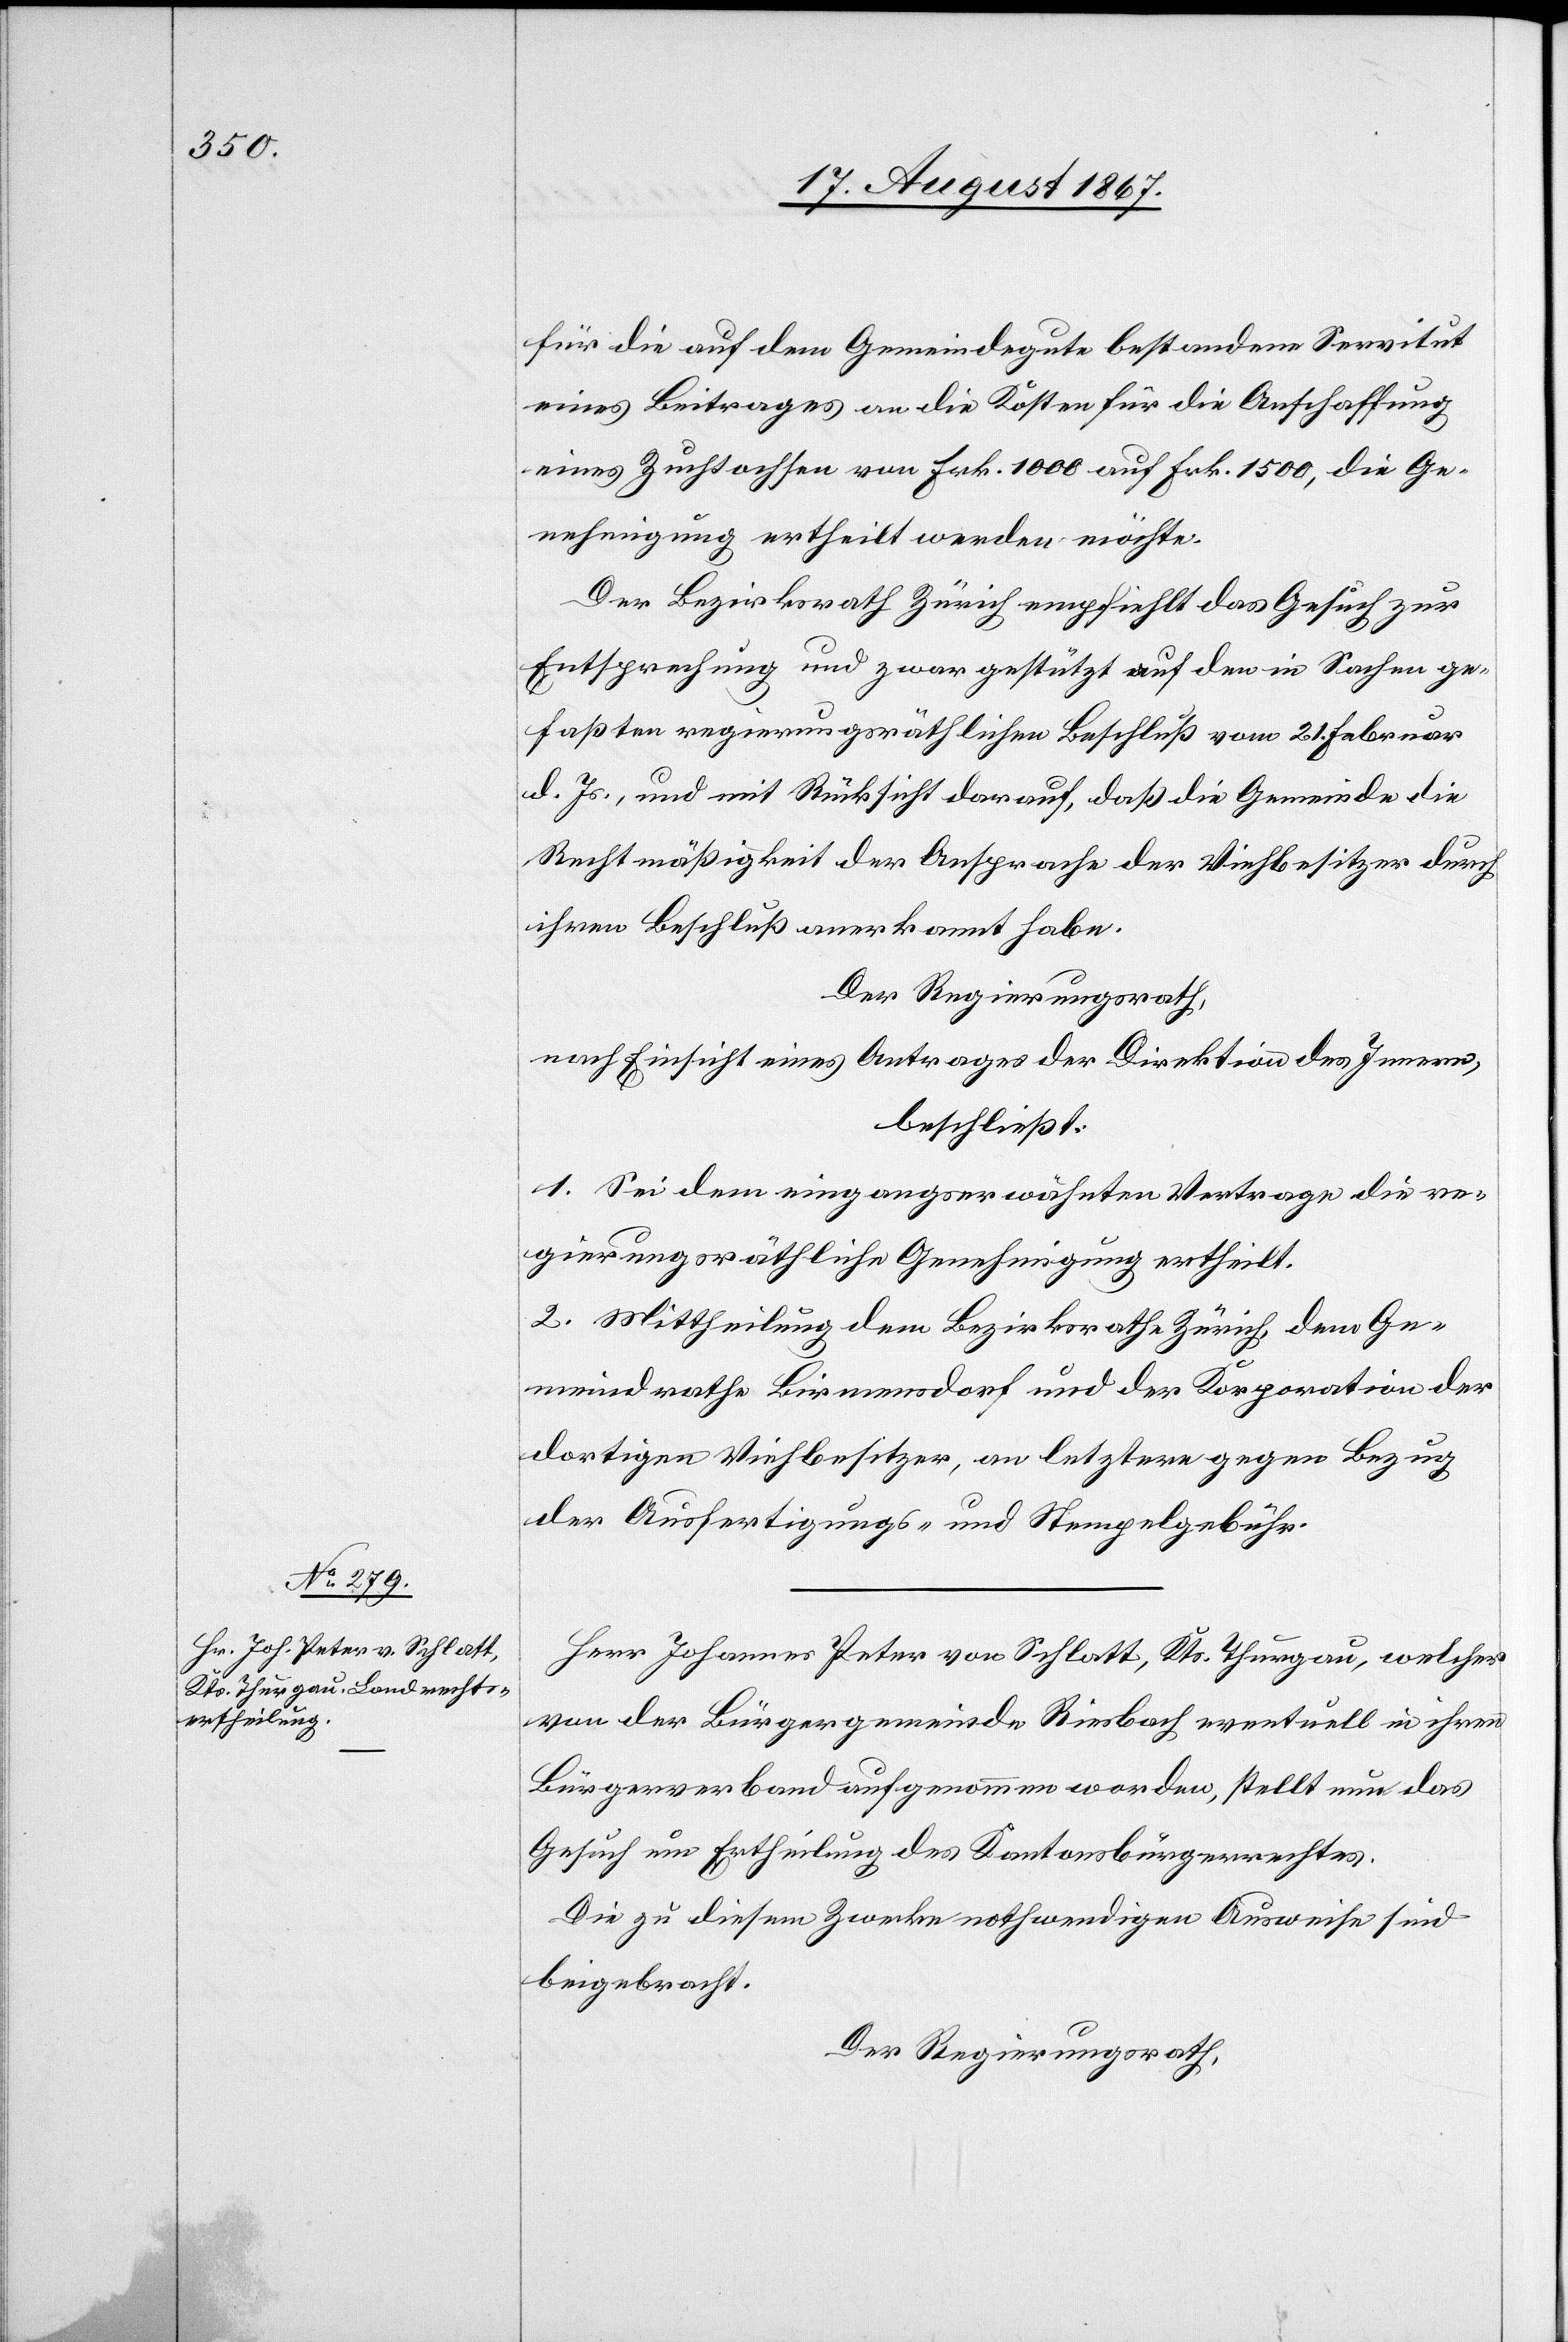
für die auf dem Gemeindegute bestandene Servitut
eines Beitrages an die Kosten für die Anschaffung
eines Zuchtochsen von Frk. 1000 auf Frk. 1500, die Ge¬
nehmigung ertheilt werden möchte.
Der Bezirksrath Zürich empfiehlt das Gesuch zur
Entsprechung und zwar gestützt auf den in Sachen ge¬
faßten regierungsräthlichen Beschluß vom 21. Februar
d. Js., und mit Rücksicht darauf, daß die Gemeinde die
Rechtmäßigkeit der Ansprache der Viehbesitzer durch
ihren Beschluß anerkannt habe.
Der Regierungsrath,
nach Einsicht eines Antrages der Direktion des Innern,
beschließt:
1. Sei dem eingangserwähnten Vertrage die re¬
gierungsräthliche Genehmigung ertheilt.
2. Mittheilung dem Bezirksrath Zürich, dem Ge¬
meindrathe Birmensdorf und der Korporation der
dortigen Viehbesitzer, an letztere gegen Bezug
der Ausfertigungs- und Stempelgebühr.
Herr Johannes Peter von Schlatt, Kts. Thurgau, welcher
von der Bürgergemeinde Riesbach eventuell in ihren
Bürgerverband aufgenommen worden, stellt nun das
Gesuch um Ertheilung des Kantonsbürgerrechtes.
Die zu diesem Zwecke nothwendigen Ausweise sind
beigebracht.
Der Regierungsrath,